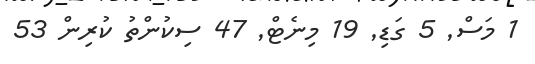
1 މަސް